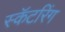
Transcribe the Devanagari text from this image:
स्कॅटरिंग